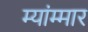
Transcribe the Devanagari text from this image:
म्यांम्मार